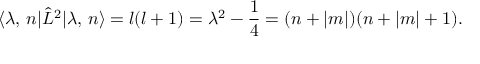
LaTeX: \langle \lambda , \, n | \hat { L } ^ { 2 } | \lambda , \, n \rangle = l ( l + 1 ) = \lambda ^ { 2 } - \frac 1 4 = ( n + | m | ) ( n + | m | + 1 ) .